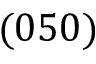
( 0 5 0 )